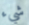
شيء